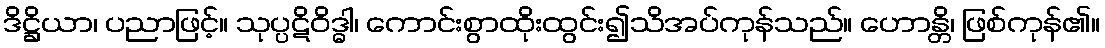
ဒိဋ္ဌိယာ၊ ပညာဖြင့်။ သုပ္ပဋိဝိဒ္ဓါ၊ ကောင်းစွာထိုးထွင်း၍သိအပ်ကုန်သည်။ ဟောန္တိ၊ ဖြစ်ကုန်၏။